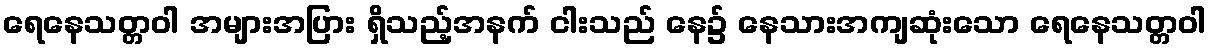
ရေနေသတ္တဝါ အများအပြား ရှိသည့်အနက် ငါးသည် နေ၌ နေသားအကျဆုံးသော ရေနေသတ္တဝါ